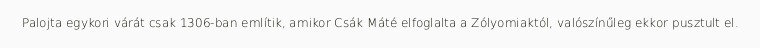
Palojta egykori várát csak 1306-ban említik, amikor Csák Máté elfoglalta a Zólyomiaktól, valószínűleg ekkor pusztult el.